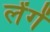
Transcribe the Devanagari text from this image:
लेंगें